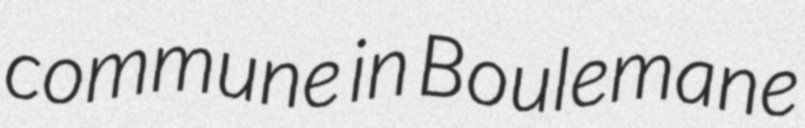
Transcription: commune in Boulemane